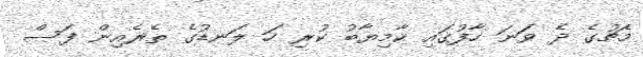
މެޗުގެ ދެ ވަނަ ހާފުގައި ކާމިޔާބު ކުރި ހަ ލަނޑުގެ ތެރެއިން ފަސް